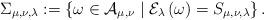
LaTeX: \begin{align*}\Sigma_{\mu, \nu, \lambda} :=\left\{ \omega \in \mathcal{A} _{\mu ,\nu} \mid \mathcal{E} _{\lambda}\left( \omega \right) =S_{\mu ,\nu ,\lambda} \right\}.\end{align*}